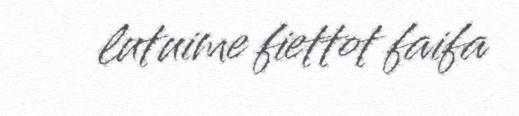
lutuime fiettot faifa